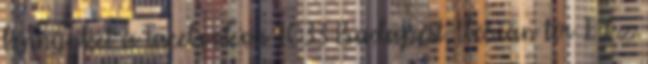
bennünket a Facebookon 1033 Budapest, Flórián tér 1. Ez